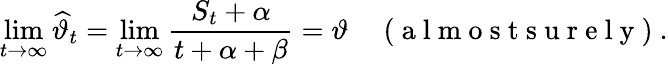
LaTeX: \operatorname*{lim}_{t\to\infty}\widehat{\vartheta}_{t}=\operatorname*{lim}_{t\to\infty}\frac{S_{t}+\alpha}{t+\alpha+\beta}=\vartheta\quad\mathrm{~(~a~l~m~o~s~t~s~u~r~e~l~y~)~}.